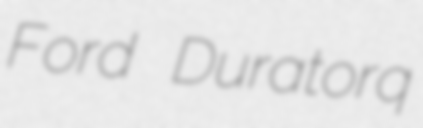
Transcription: Ford Duratorq